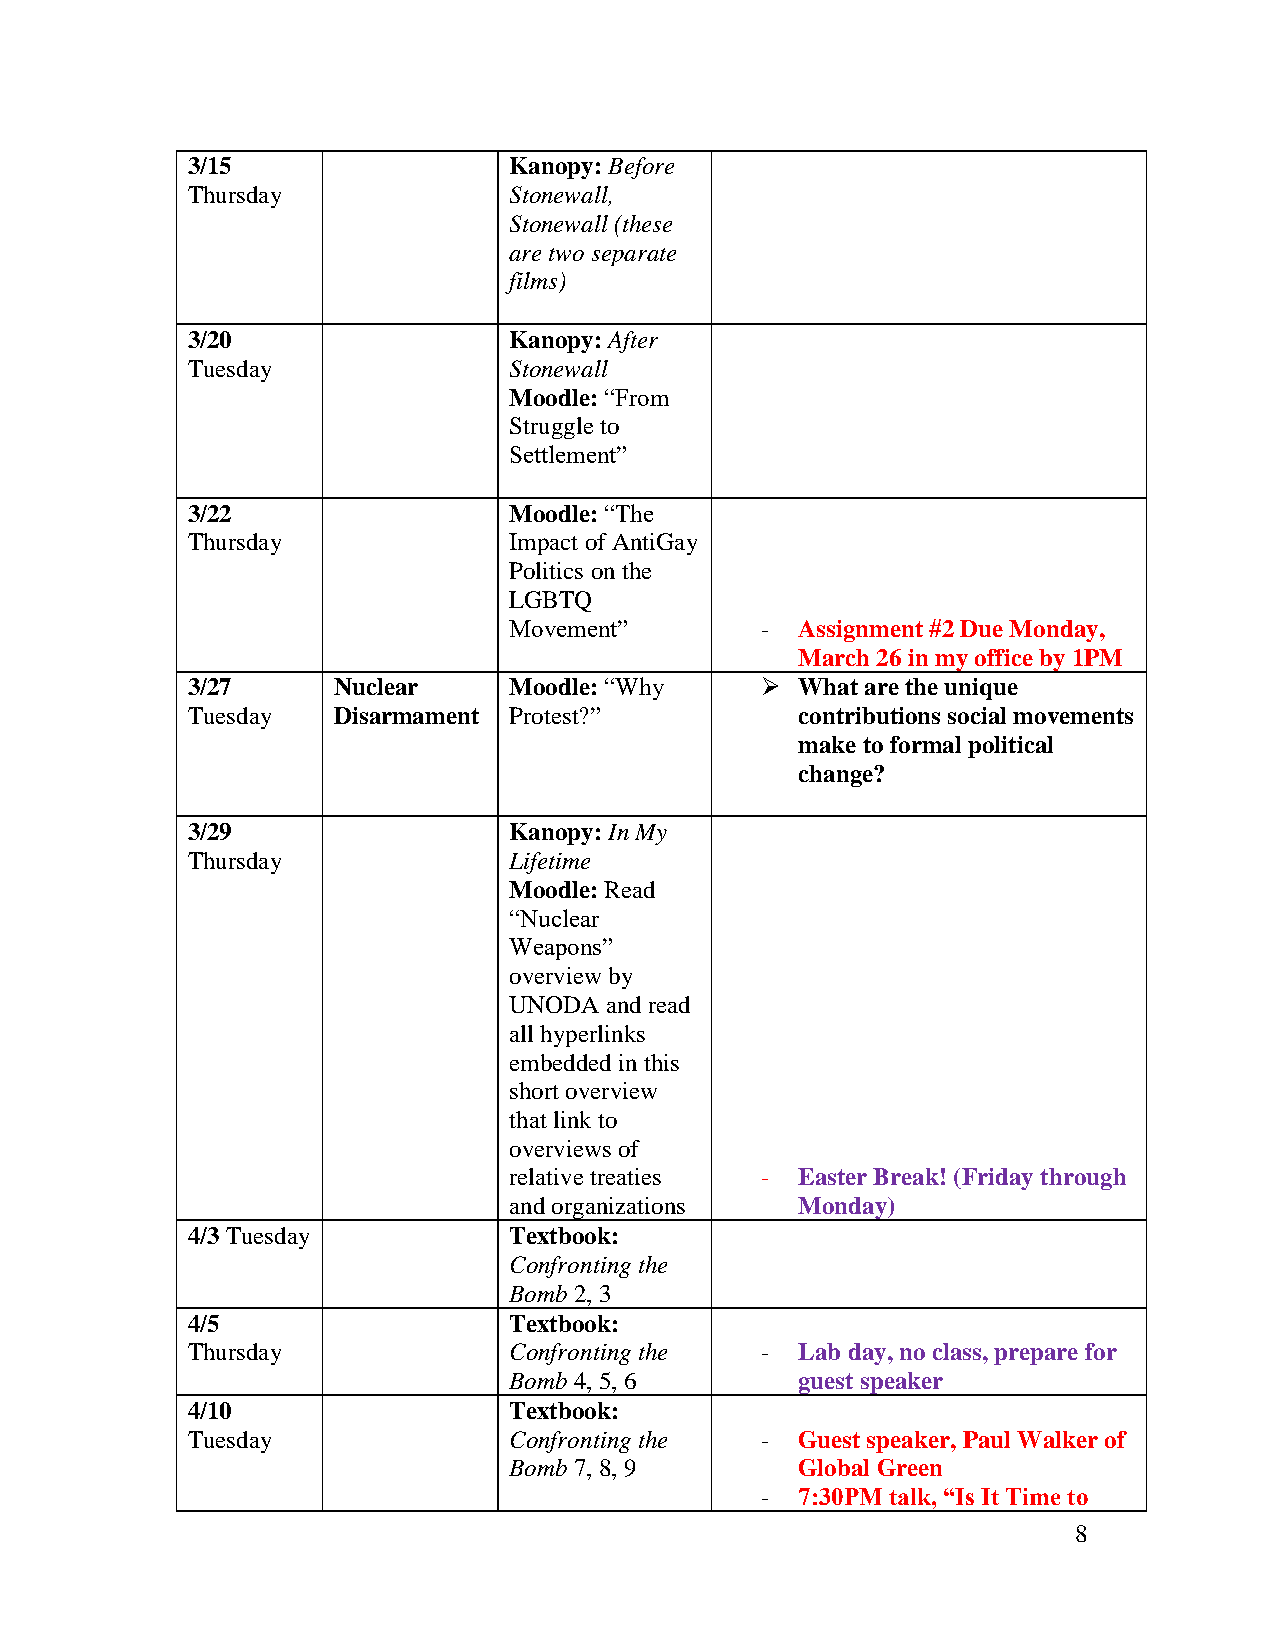
3/15                  Kanopy: Before
 Thursday              Stonewall,
 Stonewall (these
 are two separate
 films)
 3/20                  Kanopy: After
 Tuesday               Stonewall
 Moodle: “From
 Struggle to
 Settlement”
 3/22                  Moodle: “The
 Thursday              Impact of AntiGay
 Politics on the
 LGBTQ
 Movement”       -  Assignment #2 Due Monday,
 March 26 in my office by 1PM
 3/27      Nuclear     Moodle: “Why    ➢  What are the unique
 Tuesday   Disarmament Protest?”          contributions social movements
 make to formal political
 change?
 3/29                  Kanopy: In My
 Thursday              Lifetime
 Moodle: Read
 “Nuclear
 Weapons”
 overview by
 UNODA and read
 all hyperlinks
 embedded in this
 short overview
 that link to
 overviews of
 relative treaties - Easter Break! (Friday through
 and organizations  Monday)
 4/3 Tuesday           Textbook:
 Confronting the
 Bomb 2, 3
 4/5                   Textbook:
 Thursday              Confronting the -  Lab day, no class, prepare for
 Bomb 4, 5, 6       guest speaker
 4/10                  Textbook:
 Tuesday               Confronting the -  Guest speaker, Paul Walker of
 Bomb 7, 8, 9       Global Green
 -  7:30PM talk, “Is It Time to
 8